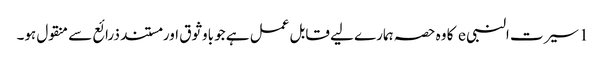
1 سیرت النبی e کا وہ حصہ ہمارے لیے قابل عمل ہے جو باوثوق اور مستند ذرائع سے منقول ہو۔